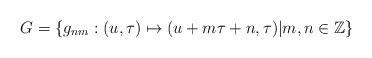
LaTeX: \begin{align*}G=\{g_{nm}:(u,\tau )\mapsto (u+m\tau+n,\tau)|m,n\in\mathbb{Z}\}\end{align*}